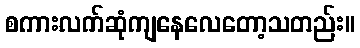
စကားလက်ဆုံကျနေလေတော့သတည်း။